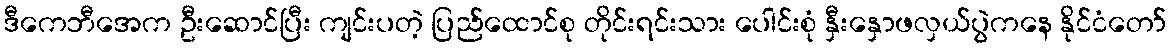
ဒီကေဘီအေက ဦးဆောင်ပြီး ကျင်းပတဲ့ ပြည်ထောင်စု တိုင်းရင်းသား ပေါင်းစုံ နှီးနှောဖလှယ်ပွဲကနေ နိုင်ငံတော်